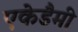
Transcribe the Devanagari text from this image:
एकेडैमी